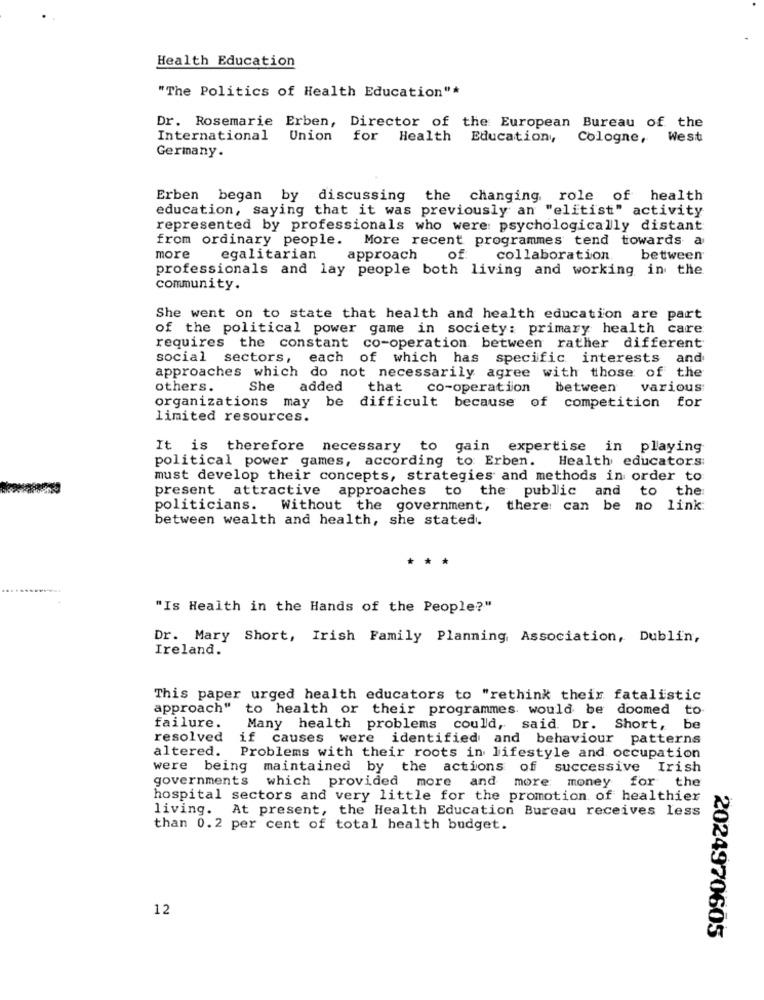
Health Education
"The Politics of Health Education"*
Dr. Rosemarie Erben, Director of the European Bureau of the
International
Union
for Health Educationy,
Cologne, West
Germany.
Erben began by discussing the changing role of health
education, saying that it was previously an "elitist" activity
represented by professionals who were: psychologically distant
from ordinary people. More recent programmes tend towards a
more
egalitarian
approach
of
collaboration
between
professionals and lay people both living and working in the
community.
She went on to state that health and health education are part
of the political power game in society: primary health care
requires the constant co-operation between rather different
social sectors, each of which has specific interests and
approaches which do not necessarily agree with those of the
others.
She
added
that
co-operation
between
various
organizations may be difficult because of competition for
limited resources.
It is therefore necessary to gain expertise in playing
political power games, according to Erben.
Health educators:
must develop their concepts, strategies and methods in order to:
present attractive approaches to the public and to the
politicians.
Without the government,
there: can be no link:
between wealth and health, she stated.
***
"Is Health in the Hands of the People?"
Dr. Mary Short, Irish Family Planning Association, Dublin,
Ireland.
This paper urged health educators to "rethink their fatalistic
approach" to health or their programmes. would be doomed to
failure.
Many health problems could, said. Dr.
Short, be
resolved
if causes were identified and behaviour patterns
altered. Problems with their roots in lifestyle and occupation
were being maintained by the actions of successive Irish
governments which provided more and more money for the
hospital sectors and very little for the promotion of healthier
living. At present, the Health Education Bureau receives less
than 0.2 per cent of total health budget.
12
2024970605